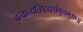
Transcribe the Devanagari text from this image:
वृत्वात्यतिष्ठद्दशांगुलम्॥१॥